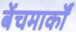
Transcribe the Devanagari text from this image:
बेंचमार्कों